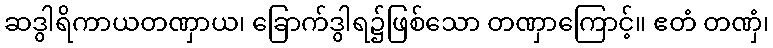
ဆဒွါရိကာယတဏှာယ၊ ခြောက်ဒွါရ၌ဖြစ်သော တဏှာကြောင့်။ ဧတံ တဏှံ၊